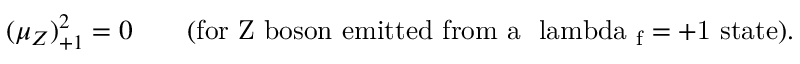
( \mu _ { Z } ) _ { + 1 } ^ { 2 } = 0 \qquad \mathrm { ( f o r ~ Z ~ b o s o n ~ e m i t t e d ~ f r o m ~ a ~ \ l a m b d a ~ _ { f } = + 1 ~ s t a t e ) . }